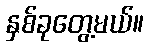
နှစ်ခုတွေ့မယ်။